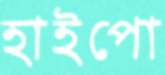
হাইপো